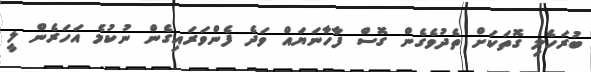
ބުރަހެލި ގޮތަކަށް ތެދުވެގެން ގޮސް ފާހާނަޔައް ވަދެ ފެންވަރައިގެން ނުކުމެ އަހަރެން ލީ